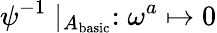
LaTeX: \psi^{-1}\mid_{A_{\mathrm{basic}}}:\omega^{a}\mapsto 0